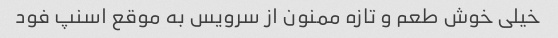
خیلی خوش طعم و تازه ممنون از سرویس به موقع اسنپ فود